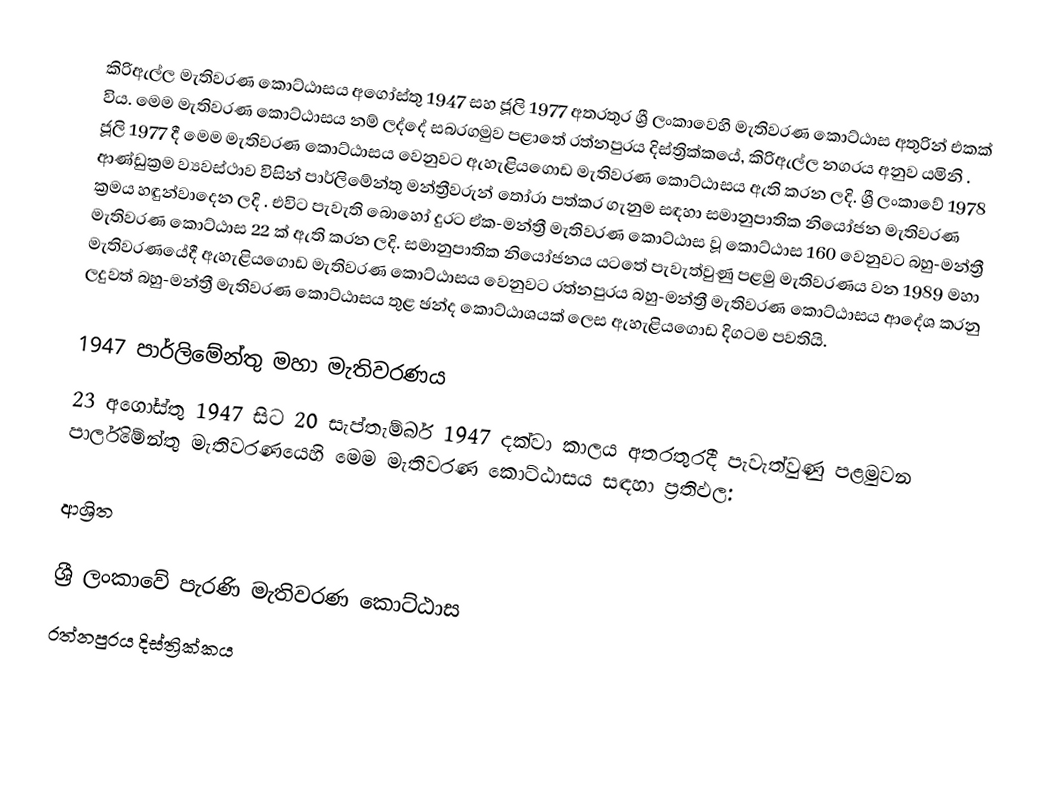
කිරිඇල්ල මැතිවරණ කොට්ඨාසය  අගෝස්තු 1947 සහ ජූලි 1977 අතරතුර  ශ්‍රී ලංකාවෙහි  මැතිවරණ කොට්ඨාස අතුරින් එකක් විය. මෙම මැතිවරණ කොට්ඨාසය නම් ලද්දේ  සබරගමුව පළාතේ  රත්නපුරය  දිස්ත්‍රික්කයේ,  කිරිඇල්ල නගරය අනුව යමිනි . ජූලි 1977 දී මෙම මැතිවරණ කොට්ඨාසය වෙනුවට ඇහැළියගොඩ මැතිවරණ කොට්ඨාසය ඇති කරන ලදි.  ශ්‍රී ලංකාවේ 1978 ආණ්ඩුක්‍රම ව්‍යවස්ථාව විසින්   පාර්ලිමේන්තු මන්ත්‍රීවරුන් තෝරා පත්කර ගැනුම සඳහා සමානුපාතික නියෝජන මැතිවරණ ක්‍රමය හඳුන්වාදෙන ලදි . එවිට පැවැති බොහෝ දුරට  ඒක-මන්ත්‍රී මැතිවරණ කොට්ඨාස වූ කොට්ඨාස 160 වෙනුවට බහු-මන්ත්‍රී මැතිවරණ කොට්ඨාස 22 ක් ඇති කරන ලදි. සමානුපාතික නියෝජනය යටතේ පැවැත්වුණු පළමු මැතිවරණය වන 1989 මහා මැතිවරණයේදී  ඇහැළියගොඩ මැතිවරණ කොට්ඨාසය වෙනුවට  රත්නපුරය බහු-මන්ත්‍රී මැතිවරණ කොට්ඨාසය  ආදේශ කරනු ලදුවත් බහු-මන්ත්‍රී මැතිවරණ කොට්ඨාසය තුළ ඡන්ද කොට්ඨාශයක් ලෙස ඇහැළියගොඩ දිගටම පවතියි.

1947 පාර්ලිමේන්තු මහා මැතිවරණය
23 අගෝස්තු 1947 සිට 20 සැප්තැම්බර් 1947 දක්වා කාලය අතරතුරදී පැවැත්වුණු  පළමුවන පාර්ලිමේන්තු මැතිවරණයෙහි මෙම මැතිවරණ කොට්ඨාසය සඳහා ප්‍රතිඵල:

ආශ්‍රිත

ශ්‍රී ලංකාවේ පැරණි මැතිවරණ කොට්ඨාස
 රත්නපුරය දිස්ත්‍රික්කය